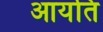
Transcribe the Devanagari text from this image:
आयति